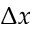
\Delta x